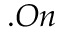
. O n